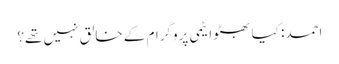
احمد: کیا بھٹو ایٹمی پروگرام کے خالق نہیں تھے؟